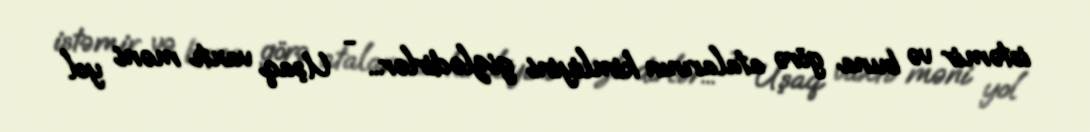
istəmir və buna görə atalarının kimliyini gizlədirlər... - Uşaq vaxtı məni yol